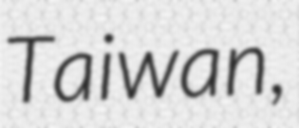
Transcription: Taiwan,